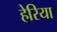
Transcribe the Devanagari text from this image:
हेरिया